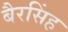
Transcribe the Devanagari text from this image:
बैरसिंह